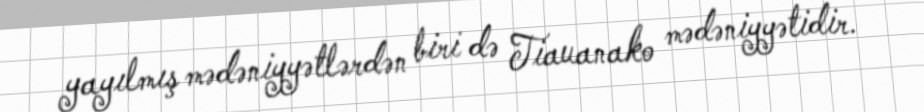
yayılmış mədəniyyətlərdən biri də Tiauanako mədəniyyətidir.